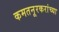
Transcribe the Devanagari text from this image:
कमतनूरकरांच्या